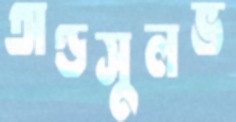
অণ্ডসুলভ